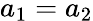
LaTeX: a_{1}=a_{2}